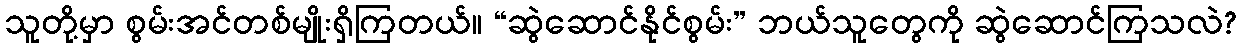
သူတို့မှာ စွမ်းအင်တစ်မျိုးရှိကြတယ်။ “ဆွဲဆောင်နိုင်စွမ်း” ဘယ်သူတွေကို ဆွဲဆောင်ကြသလဲ?